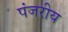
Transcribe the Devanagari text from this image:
पंजरीय